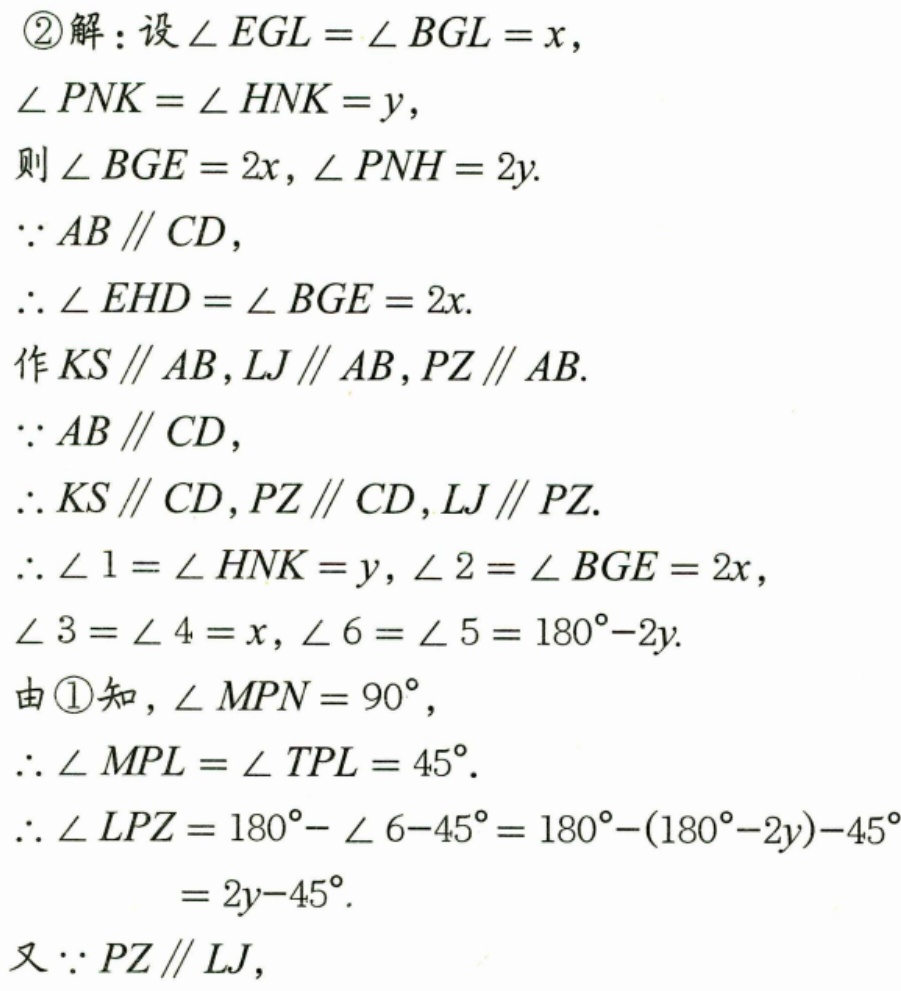
\textcircled{2}解：设\(\angle EGL=\angle BGL = x\)，
\(\angle PNK=\angle HNK = y\)，
则\(\angle BGE = 2x,\angle PNH = 2y\).
\(\because AB\parallel CD\)，
\(\therefore\angle EHD=\angle BGE = 2x\).
作\(KS\parallel AB,LJ\parallel AB,PZ\parallel AB\).
\(\because AB\parallel CD\)，
\(\therefore KS\parallel CD,PZ\parallel CD,LJ\parallel PZ\).
\(\therefore\angle 1=\angle HNK = y,\angle 2=\angle BGE = 2x\)，
\(\angle 3=\angle 4 = x,\angle 6=\angle 5 = 180^{\circ}-2y\).
由\textcircled{1}知，\(\angle MPN = 90^{\circ}\)，
\(\therefore\angle MPL=\angle TPL = 45^{\circ}\).
\(\therefore\angle LPZ = 180^{\circ}-\angle 6 - 45^{\circ}=180^{\circ}-(180^{\circ}-2y)-45^{\circ}\)
\(=2y - 45^{\circ}\).
又\(\because PZ\parallel LJ\)，